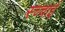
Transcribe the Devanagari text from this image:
स्च्चाई